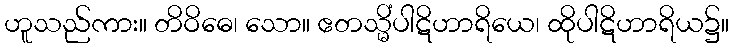
ဟူသည်ကား။ တိဝိဓေ၊ သော။ ဧတသ္မိံပါဋိဟာရိယေ၊ ထိုပါဋိဟာရိယ၌။